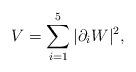
LaTeX: \begin{align*}V= \sum _{i=1} ^5 \vert\partial _i W \vert^2,\end{align*}